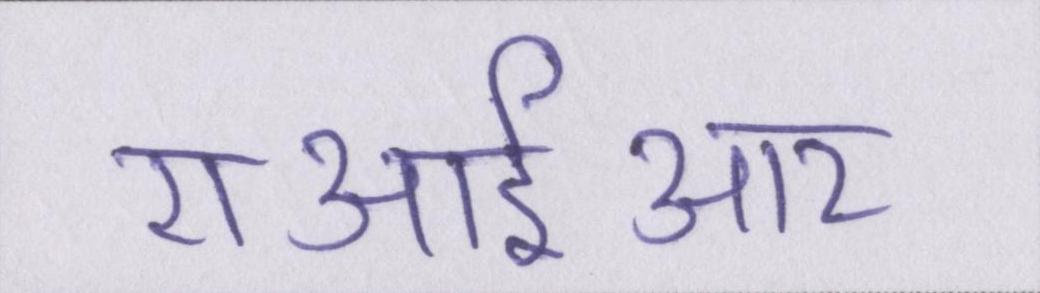
एआईआर